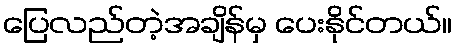
ပြေလည်တဲ့အချိန်မှ ပေးနိုင်တယ်။